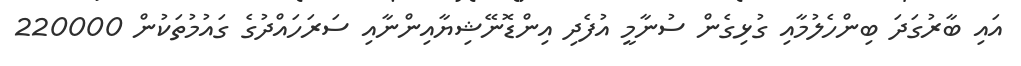
އައި ބާރުގަދަ ބިންހެލުމާއި ގުޅިގެން ސުނާމީ އުފެދި އިންޑޮނޭޝިޔާއިންނާއި ސަރަހައްދުގެ ގައުމުތަކުން 220000